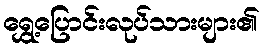
ရွှေ့ပြောင်းလုပ်သားများ၏